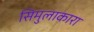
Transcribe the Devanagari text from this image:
सिमुलाकारा